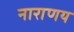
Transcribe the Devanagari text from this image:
नाराणय